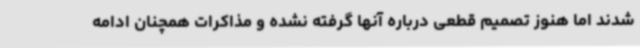
شدند اما هنوز تصمیم قطعی درباره آنها گرفته نشده و مذاکرات همچنان ادامه